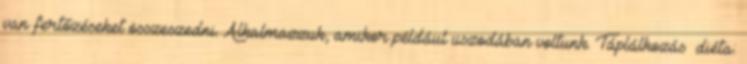
van fertőzéseket összeszedni. Alkalmazzuk, amikor például uszodában voltunk. Táplálkozás diéta: